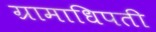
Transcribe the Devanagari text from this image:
ग्रामाधिपती